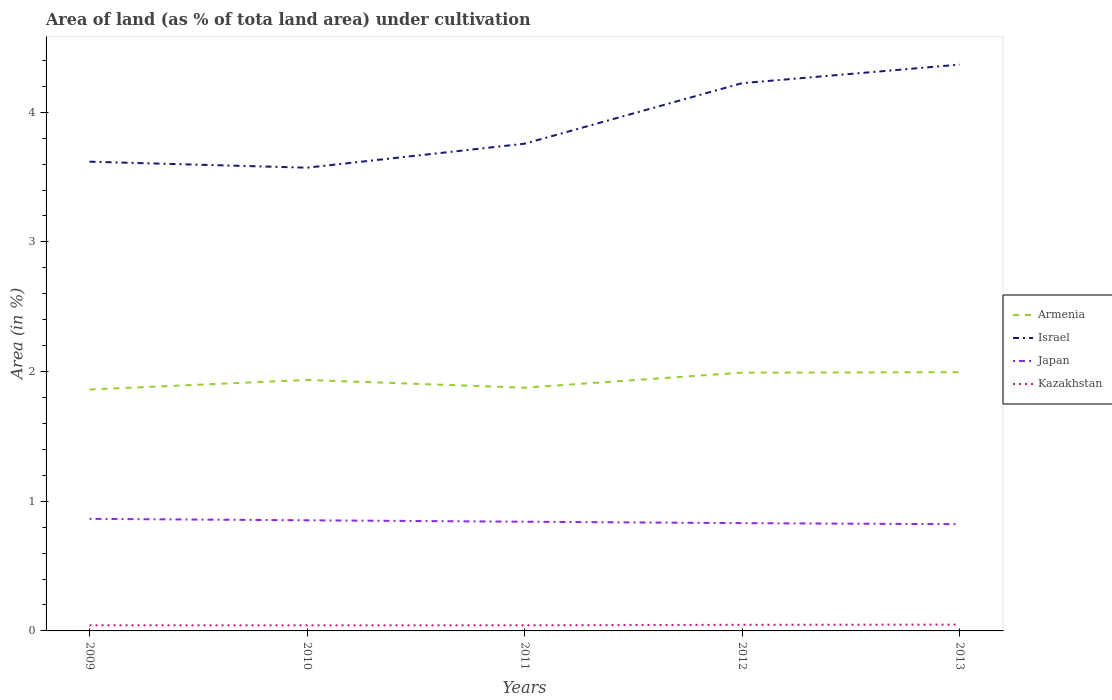
| Years | Armenia | Israel | Japan | Kazakhstan |
 | --- | --- | --- | --- | --- |
 | 2009 | 1.86 | 3.62 | 0.864 | 0.0435 |
 | 2010 | 1.94 | 3.57 | 0.853 | 0.0431 |
 | 2011 | 1.88 | 3.76 | 0.842 | 0.0434 |
 | 2012 | 1.99 | 4.22 | 0.831 | 0.0471 |
 | 2013 | 2 | 4.37 | 0.823 | 0.0487 |